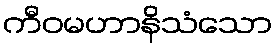
ကီဝမဟာနိသံသော